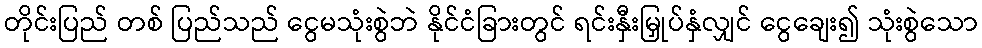
တိုင်းပြည် တစ် ပြည်သည် ငွေမသုံးစွဲဘဲ နိုင်ငံခြားတွင် ရင်းနှီးမြှုပ်နှံလျှင် ငွေချေး၍ သုံးစွဲသော